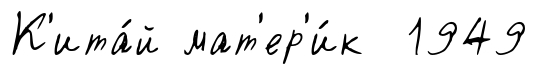
К'ита́й мат'ер'и́к 1949